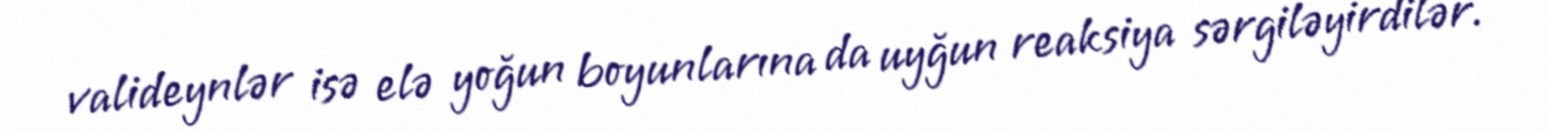
valideynlər isə elə yoğun boyunlarına da uyğun reaksiya sərgiləyirdilər.